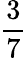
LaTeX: \frac{3}{7}